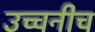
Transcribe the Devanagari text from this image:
उच्चनीच